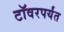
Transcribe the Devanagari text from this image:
टॉवरपर्यंत